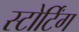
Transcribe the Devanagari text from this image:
स्टोर्टिंग